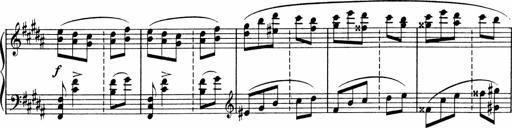
Title: Sonatine pour piano
Composer: Albert Roussel